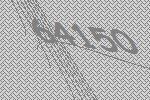
64150